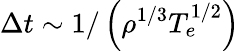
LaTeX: \Delta{t}\sim 1/\left(\rho^{1/3}T_{e}^{1/2}\right)